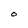
Character: O